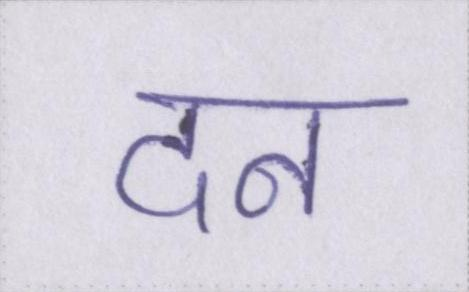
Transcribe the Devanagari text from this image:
दन